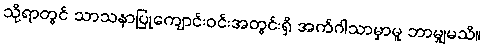
သို့ရာတွင် သာသနာပြုကျောင်းဝင်းအတွင်းရှိ အက်ဂါသာမှာမူ ဘာမျှမသိ။